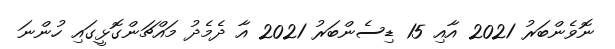
ނޮވެންބަރު 2021 އާއި 15 ޑިސެންބަރު 2021 އާ ދެމެދު މައްޗަންގޮޅީގައި ހުންނަ